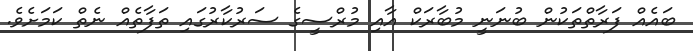
ބައެއް ފަރާތްތަކުން ބުނަނީ މުބާރަކް އާއި މުރްސީގެ ސަރުކާރުގައި ތަފާތެއް ނެތް ކަމަށެވެ.